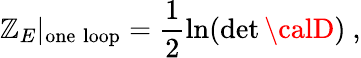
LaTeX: {\cal\mathbb{Z}}_{E}|_{\mathrm{{one\; loop}}}=\frac{{1}}{{2}}\ln(\operatorname*{det}{\calD})\ ,